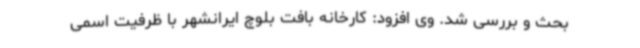
بحث و بررسی شد. وی افزود: کارخانه بافت بلوچ ایرانشهر با ظرفیت اسمی